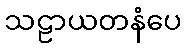
သဠာယတနံပေ